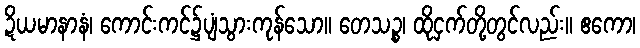
ဍိယမာနာနံ၊ ကောင်းကင်၌ပျံသွားကုန်သော။ တေသဉ္စ၊ ထိုငှက်တို့တွင်လည်း။ ဧကော၊